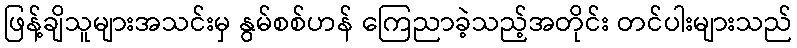
ဖြန့်ချိသူများအသင်းမှ နွမ်စစ်ဟန် ကြေညာခဲ့သည့်အတိုင်း တင်ပါးများသည်